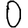
Digit: 0